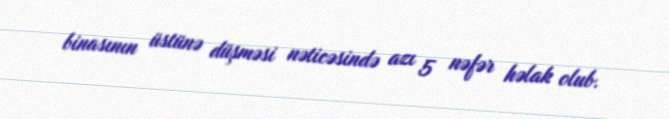
binasının üstünə düşməsi nəticəsində azı 5 nəfər həlak olub.